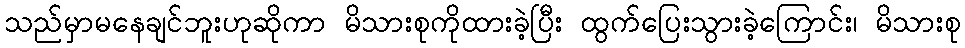
သည်မှာမနေချင်ဘူးဟုဆိုကာ မိသားစုကိုထားခဲ့ပြီး ထွက်ပြေးသွားခဲ့ကြောင်း၊ မိသားစု